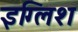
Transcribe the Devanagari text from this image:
इग्लिश